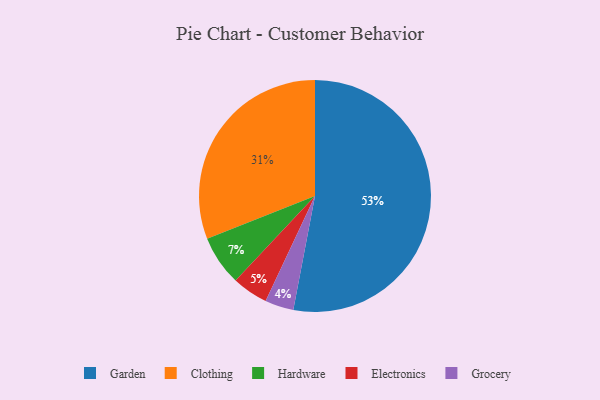
{"axis": {"x": "Category", "y": "Percentage"}, "legend": ["Clothing", "Electronics", "Garden", "Grocery", "Hardware"], "data": [{"x": "Electronics", "y": 5, "type": "Electronics"}, {"x": "Hardware", "y": 7, "type": "Hardware"}, {"x": "Clothing", "y": 31, "type": "Clothing"}, {"x": "Garden", "y": 53, "type": "Garden"}, {"x": "Grocery", "y": 4, "type": "Grocery"}]}